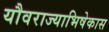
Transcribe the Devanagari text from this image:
यौवराज्याभिषेकास